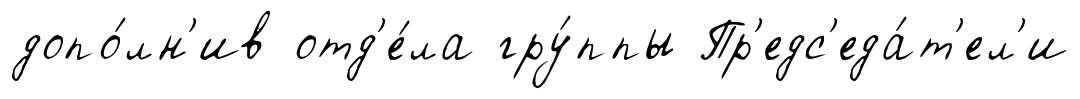
допо́лн'ив отд'е́ла гру́ппы Пр'едс'еда́т'ел'и